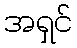
အရှင်